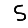
Digit: 5